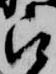
被